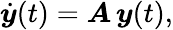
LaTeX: \dot{\boldsymbol{y}}(t)=\boldsymbol{A}\, \boldsymbol{y}(t),